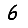
Digit: 6